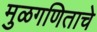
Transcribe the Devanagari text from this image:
मुळगणिताचे